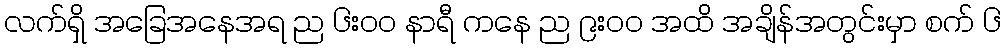
လက်ရှိ အခြေအနေအရ ည ၆း၀၀ နာရီ ကနေ ည ၉း၀၀ အထိ အချိန်အတွင်းမှာ စက် ၆